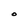
Character: O